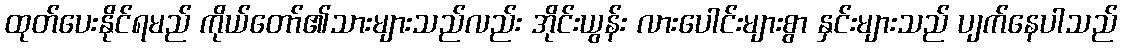
ထုတ်ပေးနိုင်ရမည် ကိုယ်တော်၏သားများသည်လည်း အိုင်းယွန်း လားပေါင်းများစွာ နှင်းများသည် ပျက်နေပါသည်